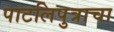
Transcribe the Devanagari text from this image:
पाटलिपुत्राचा